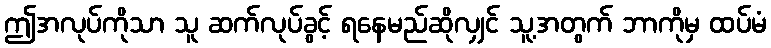
ဤအလုပ်ကိုသာ သူ ဆက်လုပ်ခွင့် ရနေမည်ဆိုလျှင် သူ့အတွက် ဘာကိုမှ ထပ်မံ